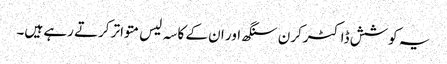
یہ کوشش ڈاکٹرکرن سنگھ اور ان کے کاسہ لیس متواتر کرتے رہے ہیں۔